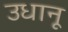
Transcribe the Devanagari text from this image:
उधानू